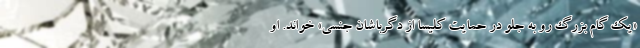
«یک گام بزرگ رو به جلو در حمایت کلیسا از دگرباشان جنسی» خواند. او